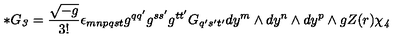
* G _ { \it 3 } = \frac { \sqrt { - g } } { 3 ! } \epsilon _ { m n p q s t } g ^ { q q ^ { \prime } } g ^ { s s ^ { \prime } } g ^ { t t ^ { \prime } } G _ { q ^ { \prime } s ^ { \prime } t ^ { \prime } } d y ^ { m } \wedge d y ^ { n } \wedge d y ^ { p } \wedge g Z ( r ) \chi _ { \it 4 } \